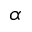
\alpha